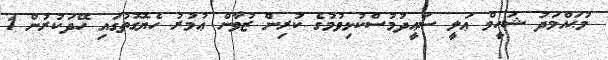
މުޙައްމަދު ޝަހީމް ޢަލީ ސަޢީދުމުސްކުޅިވުމުގެ ކުރިން ޒުވާން ޢުމުރު ހެޔޮގޮތުގައި ހޭދަކުރުން 1